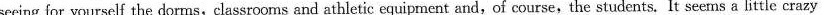
seeing for yourself the dorms, classrooms and athletic equipment and,of course,the students. It seems a little crazy